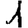
Digit: 1